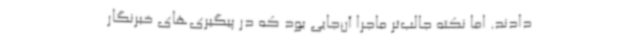
دادند. اما نکته جالب‌تر ماجرا آن‌جایی بود که در پیگیری‌های خبرنگار